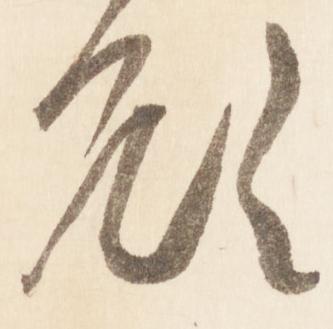
顧